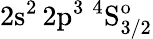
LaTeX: \mathrm{2s^{2}\, 2p^{3}~^{4}S_{3/2}^{o}}